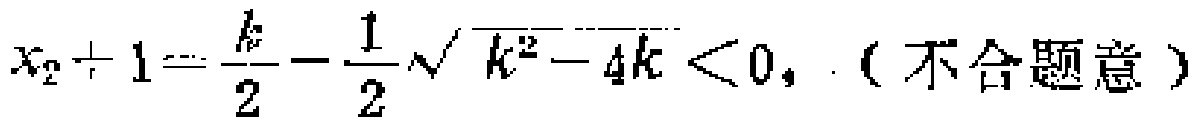
\(x_{2}+1=\frac{k}{2}-\frac{1}{2}\sqrt{k^{2}-4k}<0,（不合题意）\)